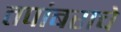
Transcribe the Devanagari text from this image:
तपांबराचे